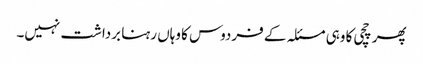
پھر چچی کا وہی مسئلہ کے فردوس کا وہاں رہنا برداشت نہیں۔